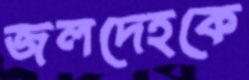
জলদেহকে